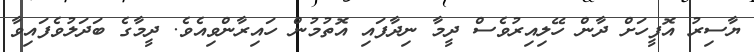
ޔާސިރު އޮފީހަށް ދާން ހޭލިއިރުވެސް ދީމާ ނިދާފައި އޮތުމުން ހައިރާންވިއެވެ. ދީމާގެ ބަދަލުވެފައިވާ